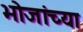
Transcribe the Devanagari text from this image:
भोजांच्या